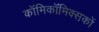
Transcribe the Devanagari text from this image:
काॅमिकॉमिक्सकों